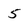
Character: 5